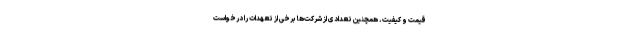
قیمت و کیفیت. همچنین تعدادی از شرکت‌ها برخی از تعهدات را درخواست